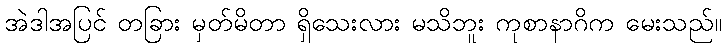
အဲဒါအပြင် တခြား မှတ်မိတာ ရှိသေးလား မသိဘူး ကုစာနာဂိက မေးသည်။